Vaccination in Burma 1900-1911 - 1900-1911
Year: 1900
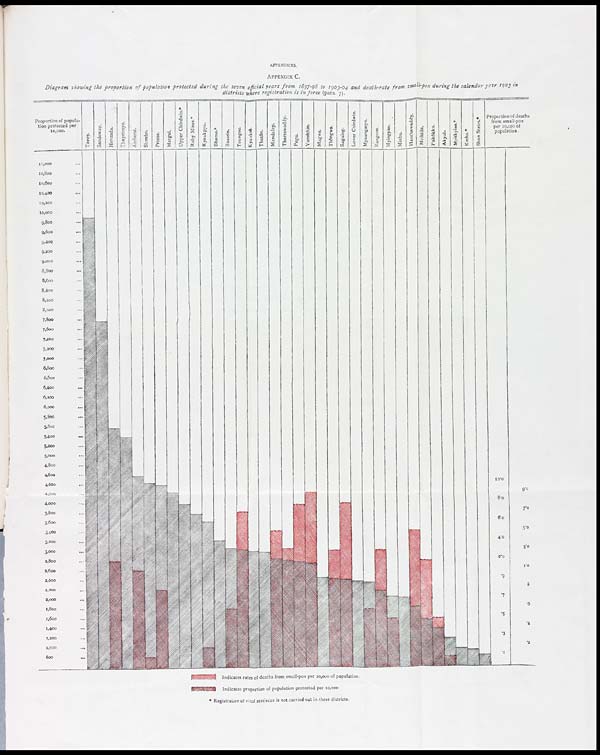
APPENDICES.
APPENDIX C.
Diagram showing the proportion of population protected during the seven official years from 1897-98 to 1903-04 and death-rate from small-pox during the calendar year 1903 in
districts where registration is in force (para. 7).